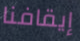
إيقافنا